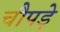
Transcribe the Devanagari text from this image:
चौपड़े